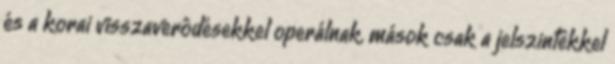
és a korai visszaverôdésekkel operálnak, mások csak a jelszintekkel